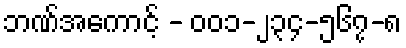
ဘဏ်အကောင့် - ၀၀၁-၂၃၄-၅၆၇-၈